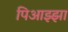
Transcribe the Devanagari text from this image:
पिआझ्झा